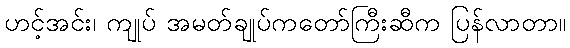
ဟင့်အင်း၊ ကျုပ် အမတ်ချုပ်ကတော်ကြီးဆီက ပြန်လာတာ။